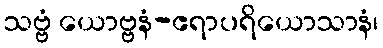
သဗ္ဗံ ယောဗ္ဗနံ-ဧရာပရိယောသာနံ၊